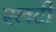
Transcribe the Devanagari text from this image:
एलटी